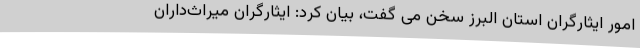
امور ایثارگران استان البرز سخن می گفت، بیان کرد: ایثارگران میراث‌داران